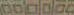
000000